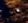
مثل